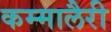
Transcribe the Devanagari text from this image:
कम्मालैरी